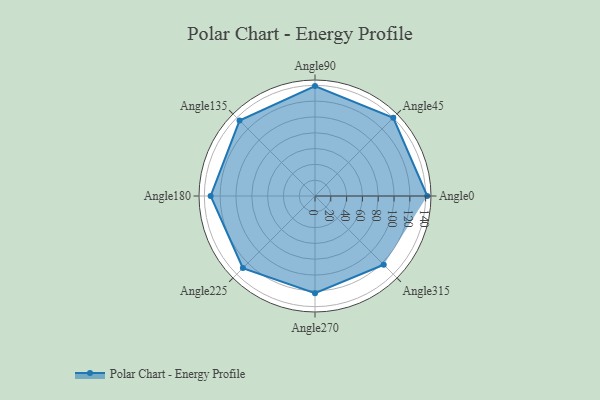
{"axis": {"x": "Angle", "y": "Radius"}, "legend": [""], "data": [{"x": "Angle0", "y": 142.0, "type": ""}, {"x": "Angle45", "y": 140.0, "type": ""}, {"x": "Angle90", "y": 139.0, "type": ""}, {"x": "Angle135", "y": 135.0, "type": ""}, {"x": "Angle180", "y": 132.0, "type": ""}, {"x": "Angle225", "y": 129.0, "type": ""}, {"x": "Angle270", "y": 123.0, "type": ""}, {"x": "Angle315", "y": 123.0, "type": ""}]}